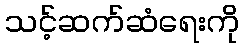
သင့်ဆက်ဆံရေးကို